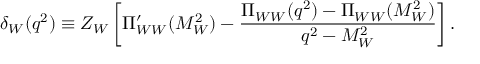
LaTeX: \delta _ { W } ( q ^ { 2 } ) \equiv Z _ { W } \left[ \Pi _ { W W } ^ { \prime } ( M _ { W } ^ { 2 } ) - \frac { \Pi _ { W W } ( q ^ { 2 } ) - \Pi _ { W W } ( M _ { W } ^ { 2 } ) } { q ^ { 2 } - M _ { W } ^ { 2 } } \right] .